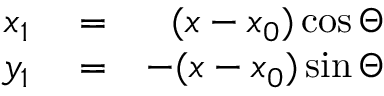
\begin{array} { r l r } { x _ { 1 } } & { { } = } & { ( x - x _ { 0 } ) \cos \Theta } \\ { y _ { 1 } } & { { } = } & { - ( x - x _ { 0 } ) \sin \Theta } \end{array}